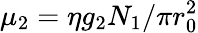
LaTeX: \mu_{2}=\eta g_{2}N_{1}/\pi r_{0}^{2}